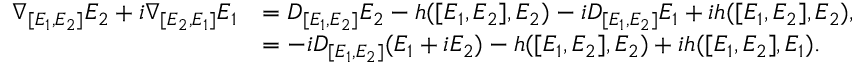
\begin{array} { r l } { \nabla _ { [ E _ { 1 } , E _ { 2 } ] } E _ { 2 } + i \nabla _ { [ E _ { 2 } , E _ { 1 } ] } E _ { 1 } } & { = D _ { [ E _ { 1 } , E _ { 2 } ] } E _ { 2 } - h ( [ E _ { 1 } , E _ { 2 } ] , E _ { 2 } ) - i D _ { [ E _ { 1 } , E _ { 2 } ] } E _ { 1 } + i h ( [ E _ { 1 } , E _ { 2 } ] , E _ { 2 } ) , } \\ & { = - i D _ { [ E _ { 1 } , E _ { 2 } ] } ( E _ { 1 } + i E _ { 2 } ) - h ( [ E _ { 1 } , E _ { 2 } ] , E _ { 2 } ) + i h ( [ E _ { 1 } , E _ { 2 } ] , E _ { 1 } ) . } \end{array}